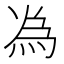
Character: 𫞟